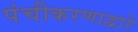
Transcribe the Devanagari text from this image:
पंचीकरणाद्वारे